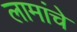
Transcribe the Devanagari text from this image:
लामांचे